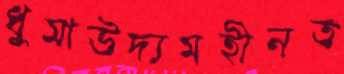
ধুমাউদ্যমহীনত